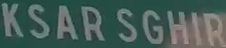
KSARSGHIR